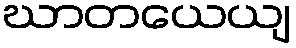
ဃာတယေယျ